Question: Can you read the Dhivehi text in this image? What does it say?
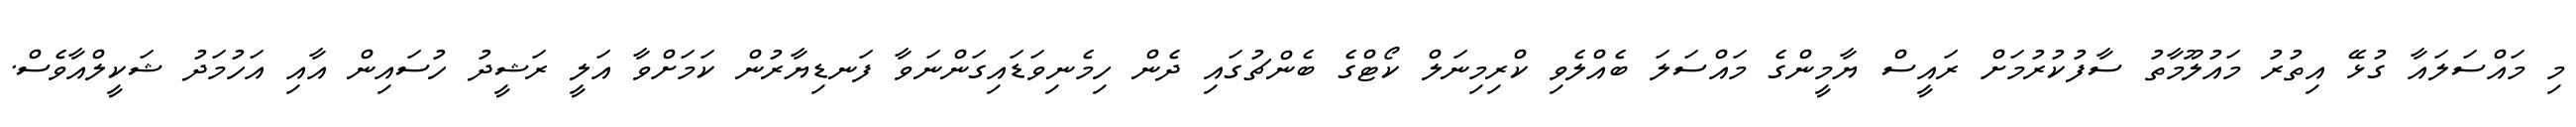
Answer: މި މައްސަލައާ ގުޅޭ އިތުރު މައުލޫމާތު ސާފުކުރުމަށް ރައީސް ޔާމީންގެ މައްސަލަ ބެއްލެވި ކްރިމިނަލް ކޯޓްގެ ބެންޗުގައި ދެން ހިމެނިވަޑައިގަންނަވާ ފަނޑިޔާރުން ކަމަށްވާ އަލީ ރަޝީދު ހުސައިން އާއި އަހުމަދު ޝަކީލްއާވެސް.